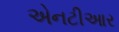
એનટીઆર